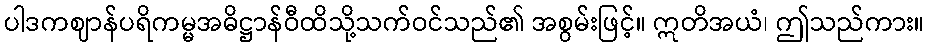
ပါဒကဈာန်ပရိကမ္မအဓိဋ္ဌာန်ဝီထိသို့သက်ဝင်သည်၏ အစွမ်းဖြင့်။ ဣတိအယံ၊ ဤသည်ကား။